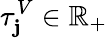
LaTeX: \tau_{\mathbf{j}}^{V}\in\mathbb{{R}}_{+}